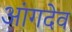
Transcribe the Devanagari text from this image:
आंगदेव